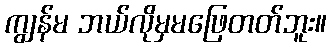
ကျွန်မ ဘယ်လိုမှမဖြေတတ်ဘူး။